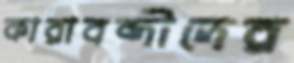
কারাবন্দীদের